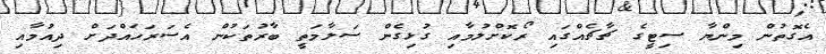
އެގޮތުން މިންޔާ ސިޓީގެ ޗާޗެއްގައި ރޯކޮށްލުމާއި ގުޅިގެން ސަލާމަތީ ބާރުތަކުން އެސަރަހައްދަށް ދިއުމާއި